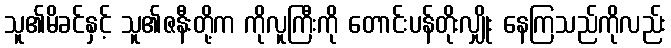
သူ၏မိခင်နှင့် သူ၏ဇနီးတို့က ကိုလူကြီးကို တောင်းပန်တိုးလျှိုး နေကြသည်ကိုလည်း